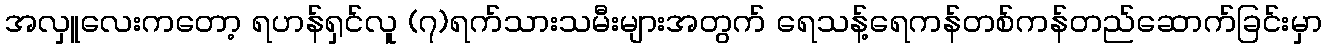
အလှူလေးကတော့ ရဟန်ရှင်လူ (၇)ရက်သားသမီးများအတွက် ရေသန့်ရေကန်တစ်ကန်တည်ဆောက်ခြင်းမှာ